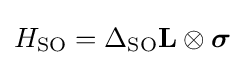
H_{\mathrm {SO} }=\Delta _{\mathrm {SO} }\mathbf {L} \otimes {\boldsymbol {\sigma }}